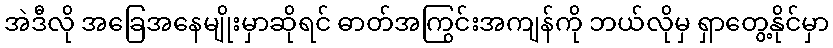
အဲဒီလို အခြေအနေမျိုးမှာဆိုရင် ဓာတ်အကြွင်းအကျန်ကို ဘယ်လိုမှ ရှာတွေ့နိုင်မှာ